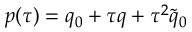
p ( \tau ) = q _ { 0 } + \tau q + \tau ^ { 2 } \tilde { q } _ { 0 }